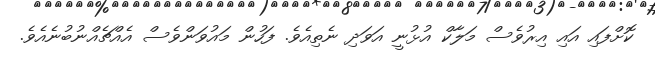
ކޮށްފައި އައި އިރުވެސް މަލާކް އުޅުނީ އަވަދި ނެތިއެވެ. ފަހުން މައުވަންވެސް އެއްޗެއްނުބުނެއެވެ.